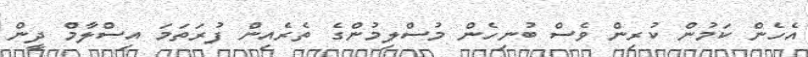
އެހެން ކަމުން ކުރިން ވެސް ބުނިހެން މުސްލިމުންގެ ތެރެއިން ފުރަތަމަ އިސްލާމް ދީން